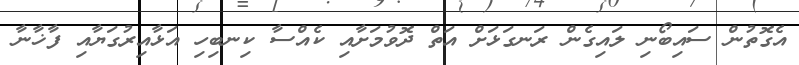
އެގޮތުން ސައިބޯނި ލައިގެން ރަނގަޅަށް އަތް ދޮވުމަށާއި ކެއްސާ ކިނބިހި އަޅާއިރުގަޔާއި ފާޚާނާ